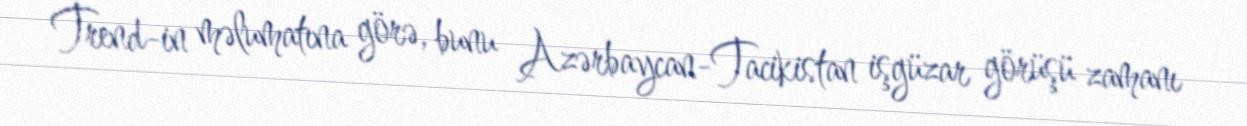
Trend-in məlumatına görə, bunu Azərbaycan-Tacikistan işgüzar görüşü zamanı